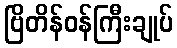
ဗြိတိန်ဝန်ကြီးချုပ်